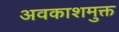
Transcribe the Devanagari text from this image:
अवकाशमुक्त